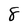
Character: 8